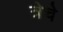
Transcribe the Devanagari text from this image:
त्रेचे